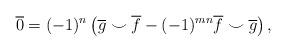
LaTeX: \begin{align*}\overline{0} = (-1)^{n}\left(\overline{g} \smile \overline{f} - (-1)^{mn}\overline{f} \smile \overline{g}\right), \end{align*}